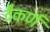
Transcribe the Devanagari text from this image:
वैकर्ण